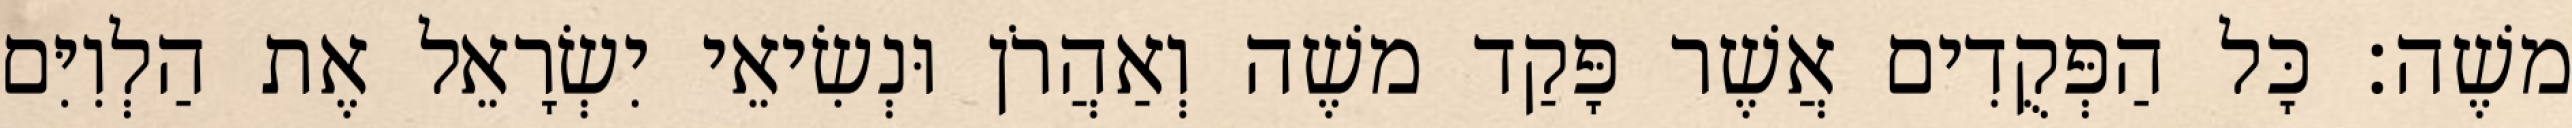
משֶׁה׃ כָּל הַפְּקֻדִים אֲשֶׁר פָּקַד משֶׁה וְאַהֲרֹן וּנְשִׂיאֵי יִשְׂרָאֵל אֶת הַלְוִיִּם